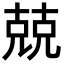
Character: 兢